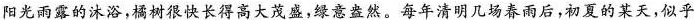
阳光雨露的沐浴，橘树很快长得高大茂盛，绿意盎然。每年清明几场春雨后，初夏的某天，似乎